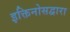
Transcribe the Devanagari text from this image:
इक्तिनोसद्वारा